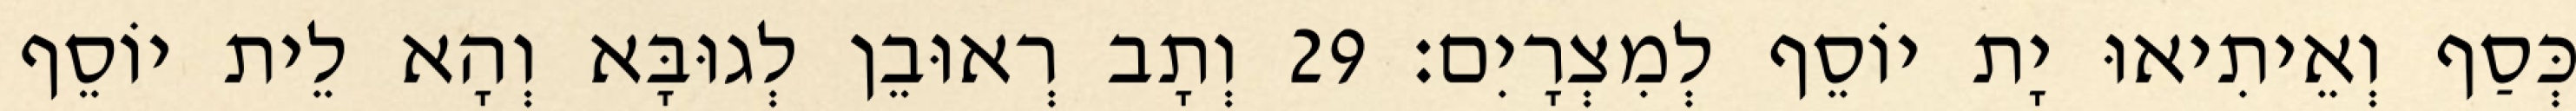
כְּסַף וְאֵיתִיאוּ יָת יוֹסֵף לְמִצְרָיִם׃ 29 וְתָב רְאוּבֵן לְגוּבָּא וְהָא לֵית יוֹסֵף